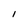
Character: 1